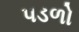
પડળો